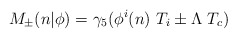
\begin{align*}M_\pm (n\vert\phi )=\gamma_5 (\phi^i (n)\ T_i\pm\Lambda\ T_c)\end{align*}